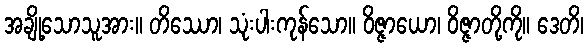
အချို့သောသူအား။ တိဿော၊ သုံးပါးကုန်သော။ ဝိဇ္ဇာယော၊ ဝိဇ္ဇာတို့ကို။ ဒေတိ၊